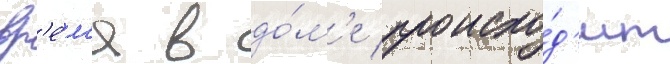
вр'е́м'я в до́м'е происхо́д'ит